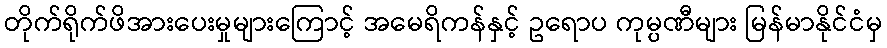
တိုက်ရိုက်ဖိအားပေးမှုများကြောင့် အမေရိကန်နှင့် ဥရောပ ကုမ္ပဏီများ မြန်မာနိုင်ငံမှ